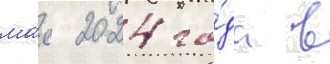
ма́я 2024 го́да в